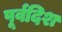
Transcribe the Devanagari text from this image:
पूर्वदिश